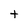
Character: t